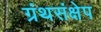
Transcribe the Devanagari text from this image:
ग्रंथसंक्षेप